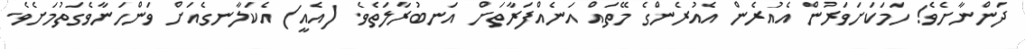
ދަންނާށެވެ! ހަމަކަށަވަރުން އެއުރެން އެއުރެންގެ މޭތައް އަނެއްފަރާތަށް އަނބުރާލަތެވެ. (އެއީ) އެކަލާނގެއަށް ވަންހަނާވެގަތުމަށެވެ.